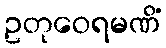
ဥတုဝေရမဏိံ